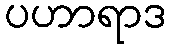
ပဟာရာဒ